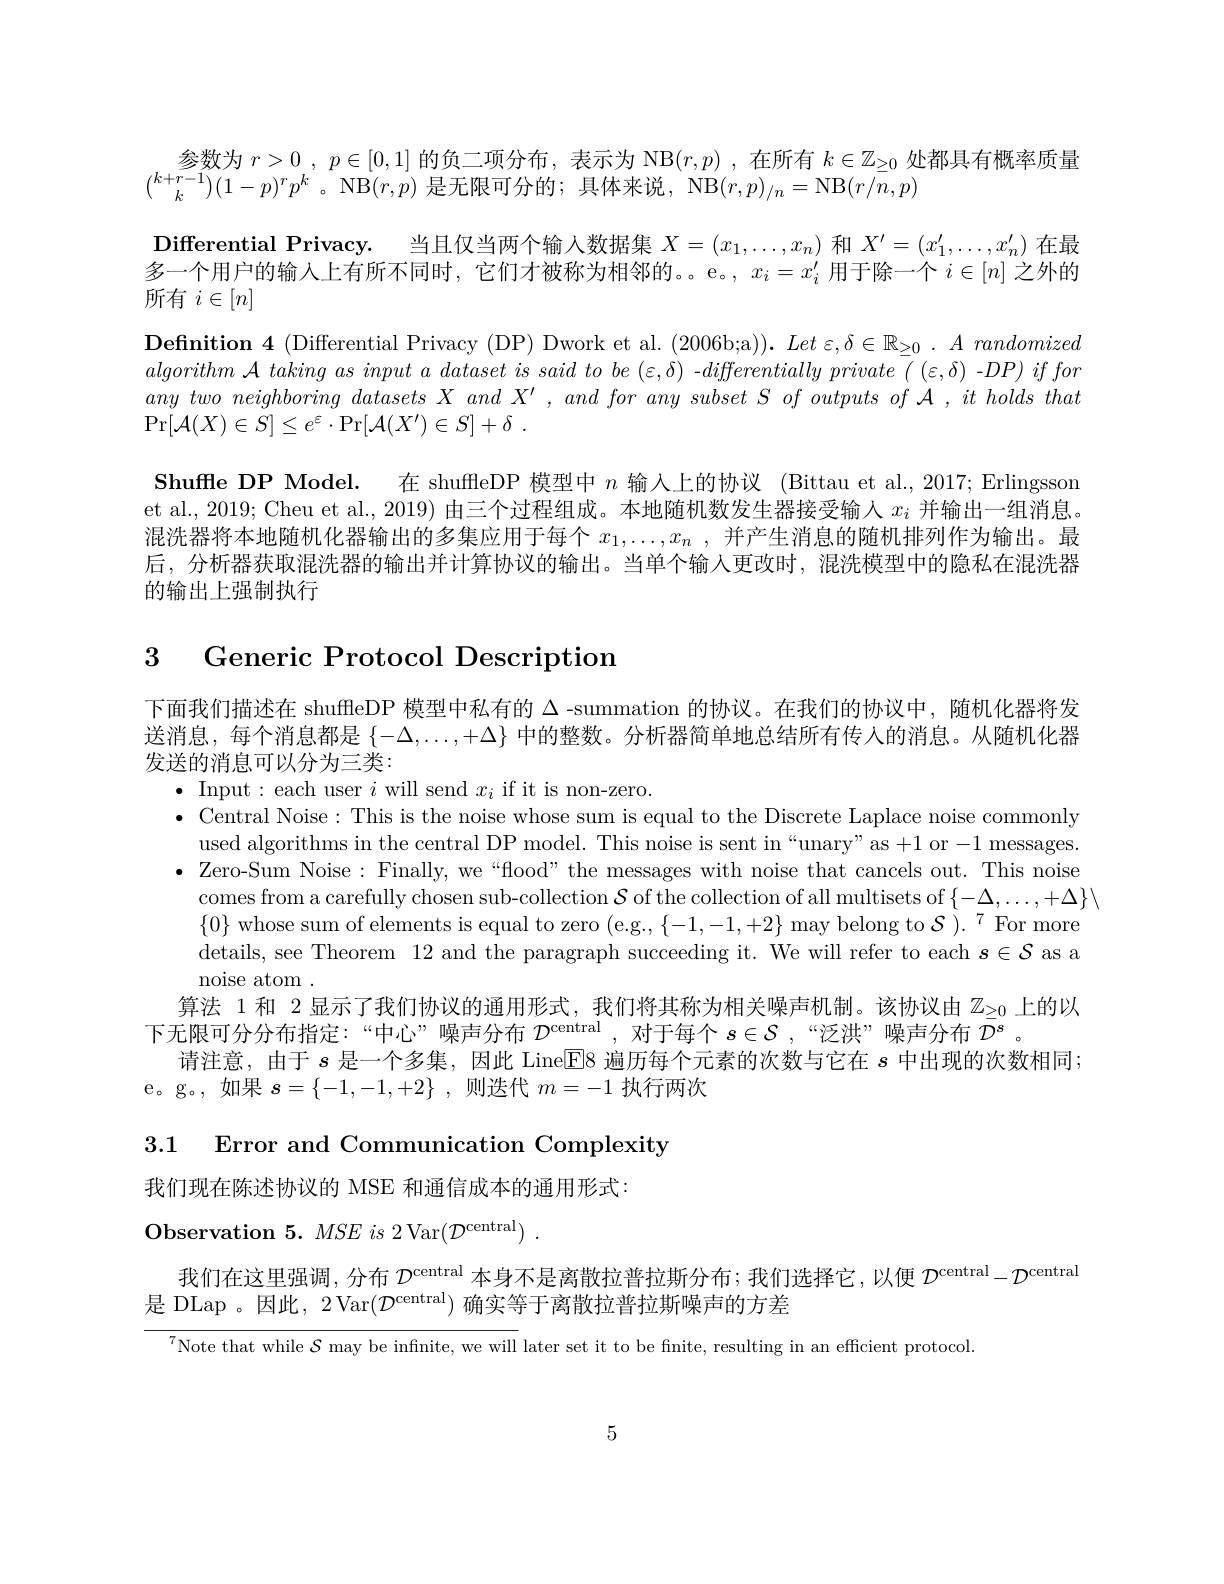
参数为$r>0,p\in[0,1]$的负二项分布，表示为 NB$(r,p)$ ,在所有$k\in\mathbb{Z}_\geq0$处都具有概率质量
$\binom{k+r-1}k(1-p)^{r}p^{k}$。NB$(r,p)$是无限可分的；具体来说，$\operatorname{NB}(r,p)_{/n}=\operatorname{NB}(r/n,p)$
$\textbf{Differential Privacy. }$ 当且仅当两个输人数据集$X=(x_1,\ldots,x_n)$和$X^\prime=(x_1^{\prime},\ldots,x_n^{\prime})$在最多一个用户的输入上有所不同时，它们才被称为相邻的。。e。, $x_i=x_i^{\prime}$用于除一个$i\in[n]$之外的所有$i\in[n]$
$\textbf{Definition 4 ( Differential Privacy ( DP) Dwork et al. ( 2006b; a) ) . }Let$ $\varepsilon , \delta \in \mathbb{R} _{\geq 0}$ $. A randomized$ $algorithm~\mathcal{A}~taking~as~input~a~dataset~is~said~to~be~(\varepsilon,\delta)~-differentially~private~(~(\varepsilon,\delta)~-DP)~if~for$ $any\textit{ two neighboring datasets X and X' , and for any subset S of outputs of A , it holds that IA , it holds that IA TA , it holds that IA TA , IA , IA , IA , IA , IA , IA , IA , IA , IA , IA , IA , IA , IA , IA , IA , IA , IA , IA , IA , IB , IA , IA , }$ $\Pr [ \mathcal{A} ( X) \in S] \leq e^{\varepsilon }\cdot \Pr [ \mathcal{A} ( X^{\prime }) \in S] + \delta$ .
Shuffle DP Model. 在 shuffleDP 模型中$n$输入上的协议 (Bittau et al., 2017; Erlingsson et al., 2019; Cheu et al., 2019) 由三个过程组成。本地随机数发生器接受输人$x_i$并输出一组消息。混洗器将本地随机化器输出的多集应用于每个$x_1, \ldots , x_n$ , 并产生消息的随机排列作为输出。最后，分析器获取混洗器的输出并计算协议的输出。当单个输入更改时，混洗模型中的隐私在混洗器的输出上强制执行

3 Generic Protocol Description

下面我们描述在 shuffleDP 模型中私有的$\Delta$ -summation 的协议。在我们的协议中，随机化器将发送消息，每个消息都是$\{-\Delta,\ldots,+\Delta\}$中的整数。分析器简单地总结所有传入的消息。从随机化器发送的消息可以分为三类：
$\bullet$ Input: each user $i$ will send $x_i$ if it is non-zero.
$\bullet$ Central Noise: This is the noise whose sum is equal to the Discrete Laplace noise commonly
used algorithms in the central DP model. This noise is sent in “unary”as +1 or-1 messages. $\bullet$ Zero-Sum Noise: Finally, we“flood”the messages with noise that cancels out. This noise
comes from a carefully chosen sub-collection $\mathcal{S}$ of the collection of all multisets of $\{-\Delta,\ldots,+\Delta\}\backslash$
$\{0\}$ whose sum of elements is equal to zero (e.g., $\{-1,-1,+2\}$ may belong to $\mathcal{S}).^7$ For more details, see Theorem 12 and the paragraph succeeding it. We will refer to each $s\in\mathcal{S}$ as a noise atom .
算法 1 和 2 显示了我们协议的通用形式，我们将其称为相关噪声机制。该协议由$\mathbb{Z}_{\geq0}$上的以
下无限可分分布指定：“中心”噪声分布$\mathcal{D}^\mathrm{central}$,对于每个$s\in\mathcal{S}$,“泛洪”噪声分布$\bar{\mathcal{D}}^s$。
请注意，由于$s$是一个多集，因此 LineE18 遍历每个元素的次数与它在$s$中出现的次数相同；
e。g。,如果$s=\{-1,-1,+2\}$ ,则迭代$m=-1$执行两次

3.1 Error and Communication Complexity

我们现在陈述协议的 MSE 和通信成本的通用形式：
Observation 5.  $MSE$ $is$ 2Var$( \mathcal{D} ^\mathrm{central})$ .
我们在这里强调，分布 $\mathcal{D}^\text{central}$本身不是离散拉普拉斯分布；我们选择它，以便 $\mathcal{D}^\text{central}-\mathcal{D}^\text{central}$
是 DLap 。因此 , 2 Var$(\mathcal{D}^\mathrm{central})$确实等于离散拉普拉斯噪声的方差

$^{7}$Note that while $\mathcal S$ may be infinite, we will later set it to be finite, resulting in an efficient protocol

5